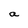
Character: a